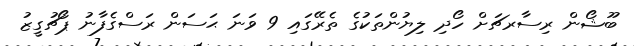
ބޫޝޯން ރިސާރޗަށް ހޯދި ލިޔުންތަކުގެ ތެރޭގައި 9 ވަނަ ޙަސަން ރަސްގެފާނު ޕޯޗުގީޒު